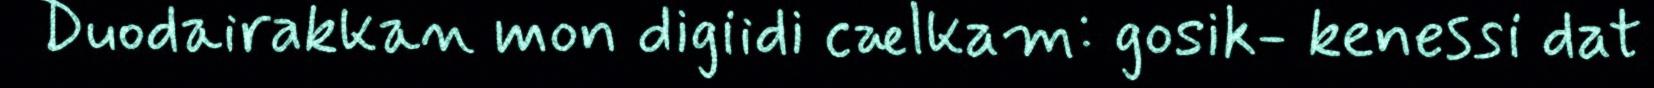
Duodairakkan mon digiidi cælkam: gosik- kenessi dat